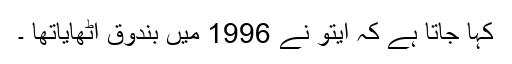
کہا جاتا ہے کہ ایتو نے 1996 میں بندوق اٹھایاتھا ۔